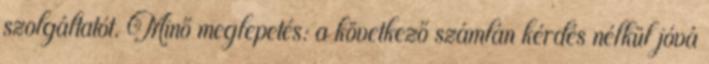
szolgáltatót. Minő meglepetés: a következő számlán kérdés nélkül jóvá